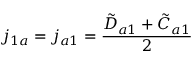
j _ { 1 a } = j _ { a 1 } = \frac { \Tilde { D } _ { a 1 } + \Tilde { C } _ { a 1 } } { 2 }